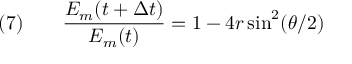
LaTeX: \quad ( 7 ) \qquad { \frac { E _ { m } ( t + \Delta t ) } { E _ { m } ( t ) } } = 1 - 4 r \sin ^ { 2 } ( \theta / 2 )